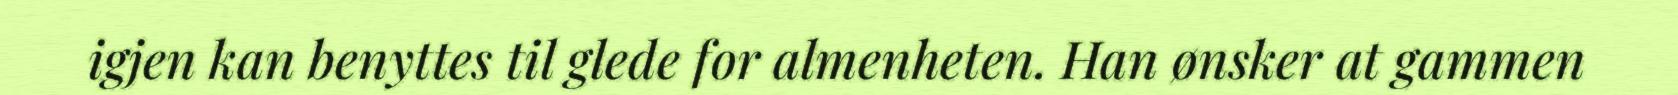
igjen kan benyttes til glede for almenheten. Han ønsker at gammen